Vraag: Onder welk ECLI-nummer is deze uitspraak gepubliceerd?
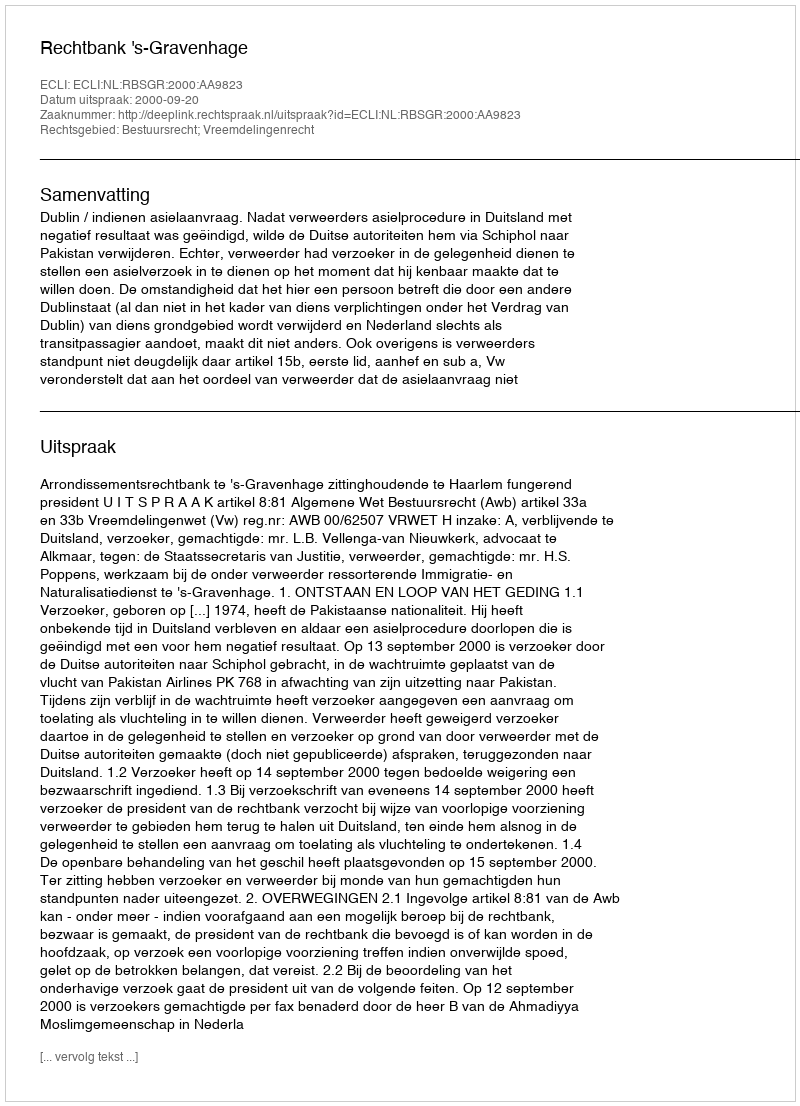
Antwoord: ECLI:NL:RBSGR:2000:AA9823